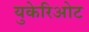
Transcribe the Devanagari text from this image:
युकेरिओट